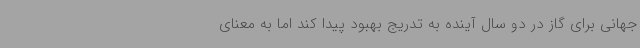
جهانی برای گاز در دو سال آینده به تدریج بهبود پیدا کند اما به معنای